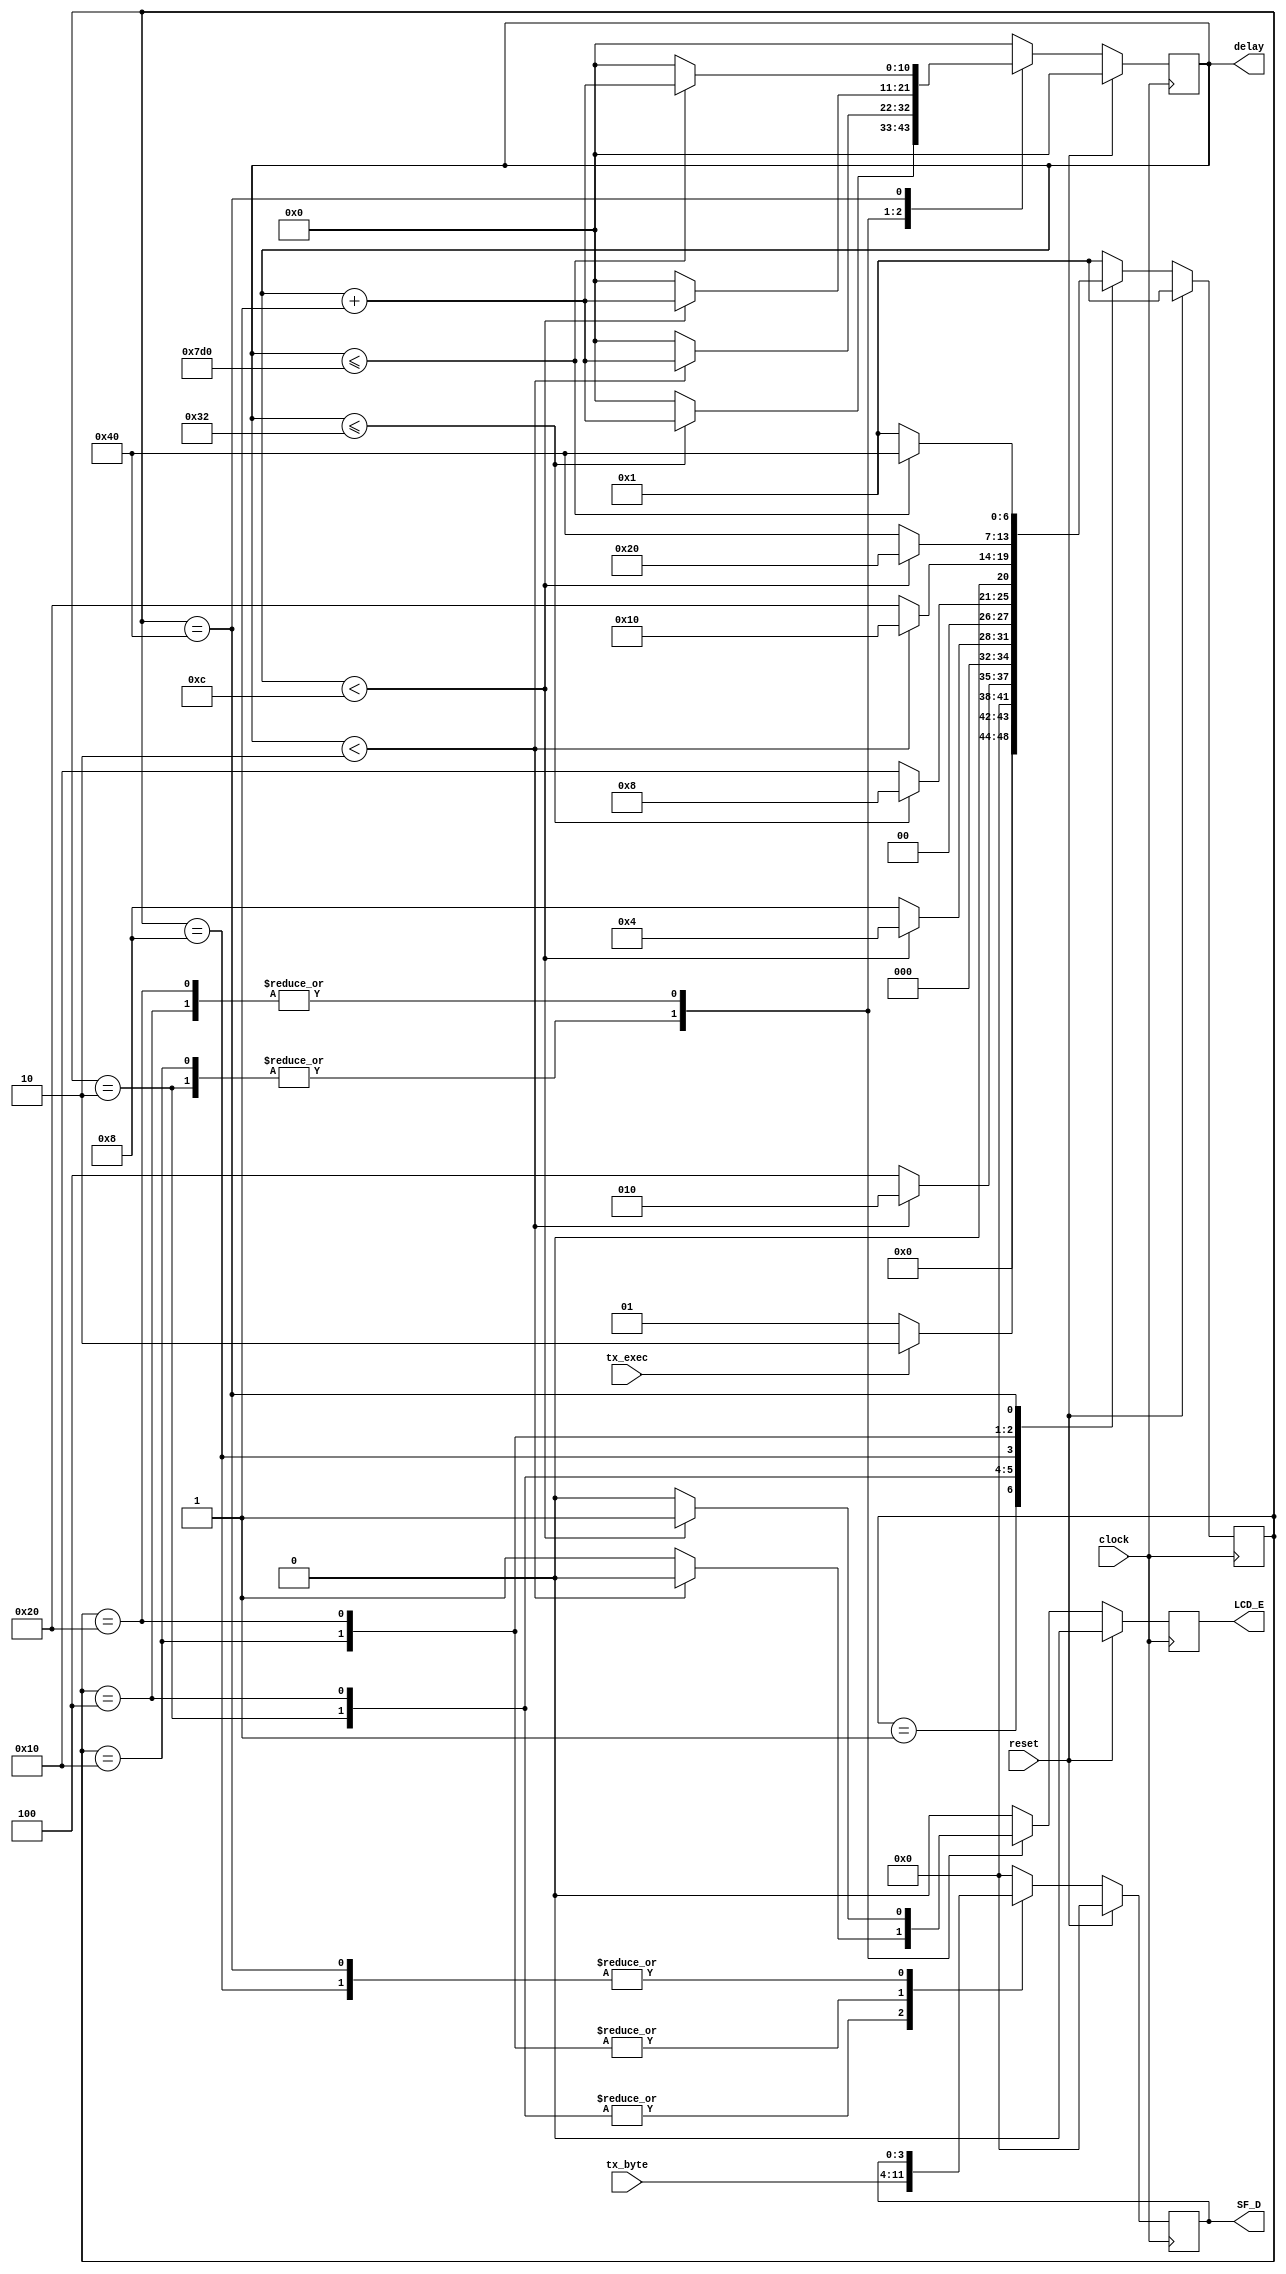
`timescale 1ns / 1ps
module LCD_Display(     output [3:0] SF_D,
				    output LCD_E,		// Read/Write Enable Pulse,
									// 0: Disabled, 1: Read/Write operation enabled					
					output [10:0] delay,	// ,  delay = 2000 , 
					input tx_exec,		// ,  1: , 0: 
					input [7:0] tx_byte,	//  LCD :  8 bits
					input clock,			//  On-Board 50 MHz Oscillator CLK_50MHz (C9)
				    input reset			//  BTN_EAST(H13) 
   				  );
	
	//  LCD /
	parameter 	TX_IDLE		= 8'H01,
				UPPER_SETUP	= 8'H02,
				UPPER_HOLD	= 8'H04,
				ONE_US		= 8'H08,
				LOWER_SETUP	= 8'H10,
				LOWER_HOLD	= 8'H20,
				FORTY_US	= 8'H40;

	// /:  7 bits
	reg [6:0] tx_state;
	// The time between successive commands is 40us, which corresponds to 2000 clock cycles
	// 2000 (dec ) = 111_1101_0000 (bin)  11 bits
	reg [10:0] cnt_tx;
	reg enable;
	// The upper nibble is transferred first, followed by the lower nibble.
	reg [3:0] nibble; 	
	assign SF_D 	= nibble;
	assign LCD_E 	= enable;	
	always @( posedge clock )
	begin
		if ( reset ) begin
			enable <= 1'b0;
			nibble <= 4'b0;

			tx_state <= TX_IDLE;
			cnt_tx <= 0;
		end
		else  begin
			case ( tx_state )
				TX_IDLE:			begin
										enable <= 1'b0;
										nibble <= 4'b0;
										cnt_tx <= 0;
										if ( tx_exec ) begin
											tx_state <= UPPER_SETUP;
										end
										else begin
											tx_state <= TX_IDLE;
										end
									end
				// Setup time ( time for the outputs to stabilize ) is 40ns, which is 2 clock cycles
				UPPER_SETUP:		begin	
										nibble <= tx_byte[7:4];
										if ( cnt_tx < 2 ) begin
											enable <= 1'b0;
											tx_state <= UPPER_SETUP;
											cnt_tx <= cnt_tx + 1;
										end
										else begin
											enable <= 1'b1;
											tx_state <= UPPER_HOLD;
											cnt_tx <= 0;
										end
									end
				// Hold time ( time to assert the LCD_E pin ) is 230ns, which translates to roughly 12 clock cycles
				UPPER_HOLD:			begin
										nibble <= tx_byte[7:4];
										if ( cnt_tx < 12 ) begin
											enable <= 1'b1;
											tx_state <= UPPER_HOLD;
											cnt_tx <= cnt_tx + 1;
										end
										else begin
											enable <= 1'b0;
											tx_state <= ONE_US;
											cnt_tx <= 0;
										end
									end
				// Each 8-bit transfer must be decomposed into two 4-bit transfers, spaced apart by at least 1 s.
				// The upper nibble is transferred first, followed by the lower nibble. 
				// The time between corresponding nibbles is 1us, which is equivalent to 50 clock cycles.
				ONE_US:				begin
										enable <= 1'b0;
										if ( cnt_tx <= 50 ) begin
											tx_state <= ONE_US;
											cnt_tx <= cnt_tx + 1;
										end
										else begin
											tx_state <= LOWER_SETUP;
											cnt_tx <= 0;
										end
									end
				// Setup time ( time for the outputs to stabilize ) is 40ns, which is 2 clock cycles					
				LOWER_SETUP:		begin	
										nibble <= tx_byte[3:0];
										if ( cnt_tx < 2 ) begin
											enable <= 1'b0;
											tx_state <= LOWER_SETUP;
											cnt_tx <= cnt_tx + 1;
										end
										else begin
											enable <= 1'b1;
											tx_state <= LOWER_HOLD;
											cnt_tx <= 0;
										end
									end
				// Hold time ( time to assert the LCD_E pin ) is 230ns, which translates to roughly 12 clock cycles
				LOWER_HOLD:			begin
										nibble <= tx_byte[3:0];
										if ( cnt_tx < 12 ) begin
											enable <= 1'b1;
											tx_state <= LOWER_HOLD;
											cnt_tx <= cnt_tx + 1;
										end
										else begin
											enable <= 1'b0;
											tx_state <= FORTY_US;
											cnt_tx <= 0;
										end
									end
				// The time between successive commands is 40us, which corresponds to 2000 clock cycles. 
				FORTY_US:			begin
										enable <= 1'b0;
										if ( cnt_tx <= 2000 ) begin
											tx_state <= FORTY_US;
											cnt_tx <= cnt_tx + 1;
										end
										else begin
											tx_state <= TX_IDLE;
											cnt_tx <= 0;
										end
									end
				default:			begin
											enable <= 1'b0;
											nibble <= 4'b0;
											tx_state <= TX_IDLE;
											cnt_tx <= 0;
									end
			endcase
		end
	end
	assign delay = cnt_tx;
endmodule